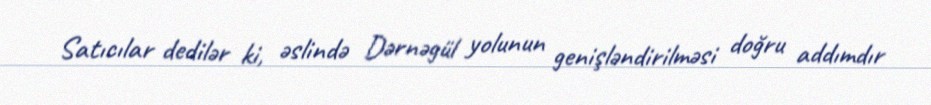
Satıcılar dedilər ki, əslində Dərnəgül yolunun genişləndirilməsi doğru addımdır